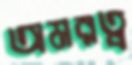
অমরত্ব